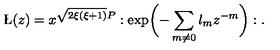
\L ( z ) = x ^ { \sqrt { 2 \xi ( \xi + 1 ) } P } : \exp \biggl ( - \sum _ { m \ne 0 } \l _ { m } z ^ { - m } \biggr ) : .